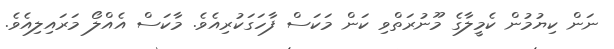
ނަން ކިޔުމުން ކެމީލާގެ މޫނުރަތްވި ކަން މަކަސް ފާހަގަކުރިއެވެ. މާކަސް އެއްލޯ މަރައިލިއެވެ.